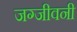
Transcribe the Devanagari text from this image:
जग्जीवनी